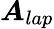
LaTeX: \boldsymbol{A}_{lap}